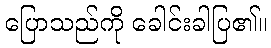
ပြောသည်ကို ခေါင်းခါပြ၏။